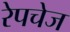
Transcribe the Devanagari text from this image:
रेपचेज